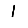
Digit: 1